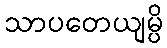
သာပတေယျမ္ပိ